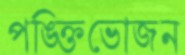
পঙ্ক্তিভোজন